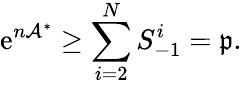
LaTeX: \mathrm{e}^{n\mathcal{{A}}^{\ast}}\geq\sum_{i=2}^{N}S_{-1}^{i}=\mathfrak{{p}}.